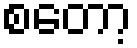
စတော့